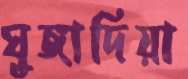
ঘুঙ্গাদিয়া